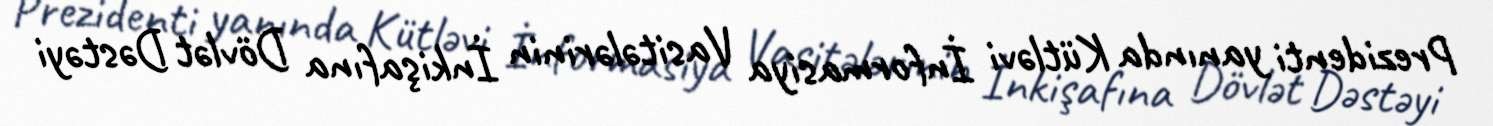
Prezidenti yanında Kütləvi İnformasiya Vasitələrinin İnkişafına Dövlət Dəstəyi